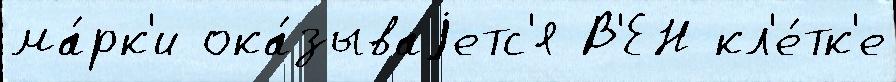
ма́рк'и ока́зываjетс'я В'ЕН кл'е́тк'е